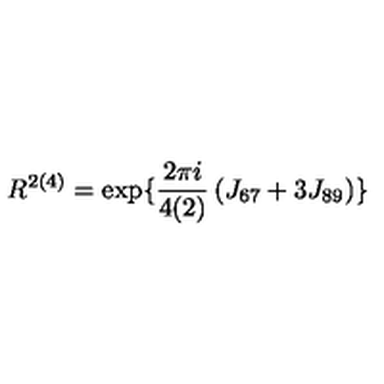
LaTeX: R ^ { 2 ( 4 ) } = { \mathrm { e x p } } \{ \frac { 2 \pi i } { 4 ( 2 ) } \left( J _ { 6 7 } + 3 J _ { 8 9 } \right) \}